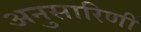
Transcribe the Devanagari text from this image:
अनुसारिणी